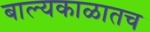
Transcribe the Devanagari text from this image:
बाल्यकाळातच